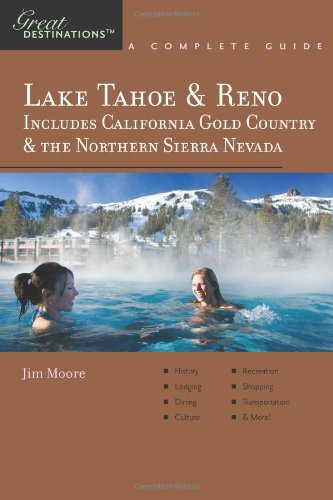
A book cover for Explorer's Guide Lake Tahoe & Reno: Includes California Gold Country & the Northern Sierra Nevada: A Great Destination (Explorer's Great Destinations); Jim Moore; Travel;